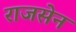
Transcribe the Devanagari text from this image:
राजसेन